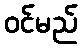
ဝင်မည်